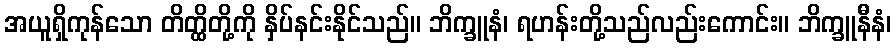
အယူရှိကုန်သော တိတ္ထိတို့ကို နှိပ်နင်းနိုင်သည်။ ဘိက္ခူနံ၊ ရဟန်းတို့သည်လည်းကောင်း။ ဘိက္ခူနီနံ၊